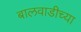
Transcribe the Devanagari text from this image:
बालवाडीच्या